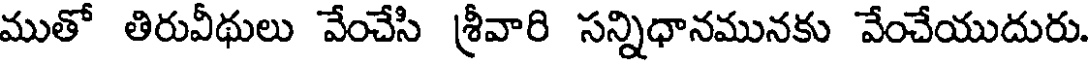
ముతో తిరువీథులు వేంచేసి శ్రీవారి సన్నిధానమునకు వేంచేయుదురు.